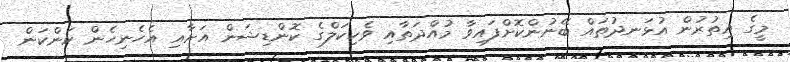
މީގެ އިތުރުން އުޅަނދުތައް ބޭނުންކޮށްފައިވާ މުއްދަތާއި ވެހިކަލްގެ ކޮންޑިޝަން އަށާއި އެހެނިހެން ކަންކަން